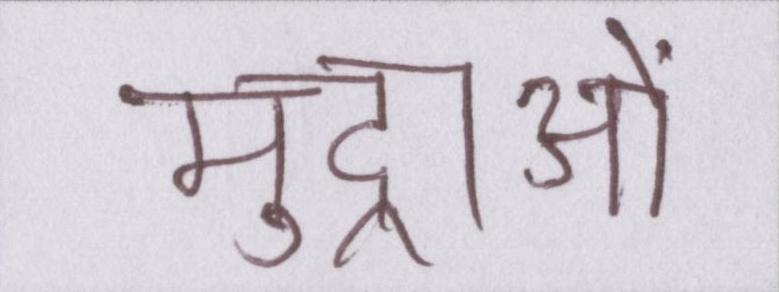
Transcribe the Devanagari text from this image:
मुद्राओं